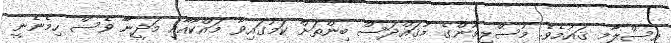
އިސްލާމީ ޤައުމެވެ. މުސްލިމުންގެ މުޤައްދަސް ބިންތަށް ކަމުގައިވާ މައްކާއާއި މަދީނާ ވެސް ހިމެނެނީ